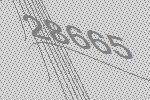
28665